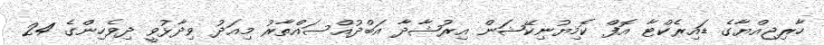
ހާރިޖިއްޔާގެ ޑައިރެކްޓާ އޮފް ކޮމިޔުނިކޭޝަން އިރުޝާދާ އަބްދުއްސައްތާރު މިއަދު ވިދާޅުވީ ދިވެހިންގެ 24